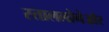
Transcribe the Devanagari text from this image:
स्ताललोनेऔर